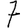
Digit: 7